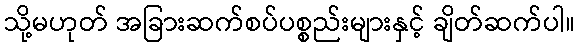
သို့မဟုတ် အခြားဆက်စပ်ပစ္စည်းများနှင့် ချိတ်ဆက်ပါ။